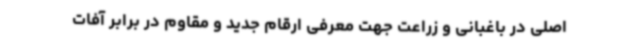
اصلی در باغبانی و زراعت جهت معرفی ارقام جدید و مقاوم در برابر آفات